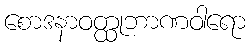
စောဒနာဝတ္ထုဘာဏဝါရော